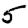
Digit: 5